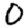
Digit: 0